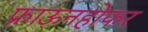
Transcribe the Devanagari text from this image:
फ्राऊनहोफर